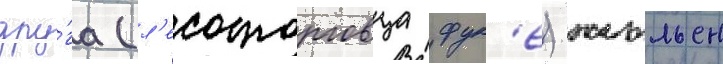
дру́га (л'есоторговца фук'е) жюльен